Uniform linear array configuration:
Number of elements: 24
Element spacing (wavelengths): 0.5
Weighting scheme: binomial
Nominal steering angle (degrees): -45
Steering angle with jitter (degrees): -44.186
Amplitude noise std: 0.05
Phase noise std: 0.05

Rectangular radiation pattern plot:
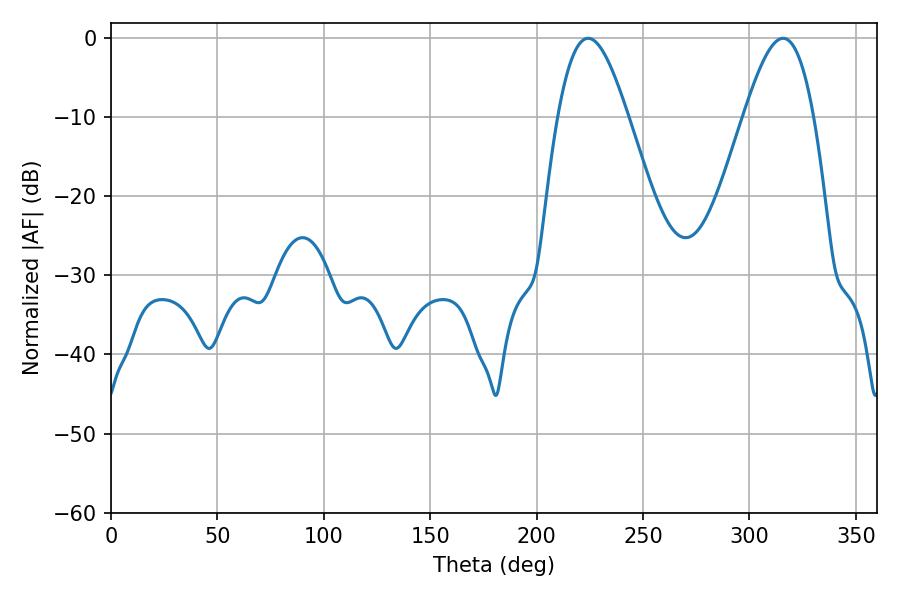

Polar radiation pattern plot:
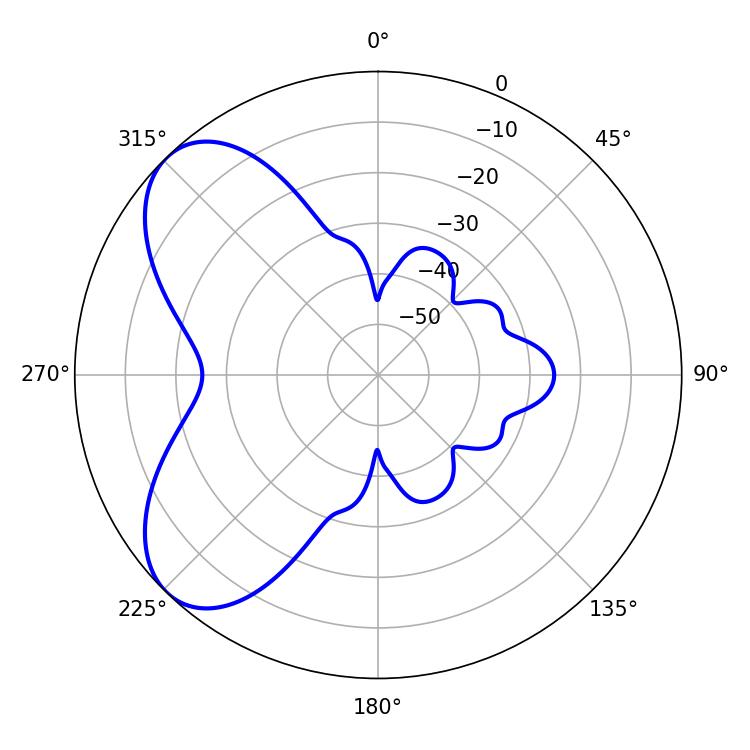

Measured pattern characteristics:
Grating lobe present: FALSE
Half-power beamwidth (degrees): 17.64
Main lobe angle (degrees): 224.28